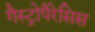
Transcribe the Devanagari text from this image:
गैस्ट्रोपैरेसिस